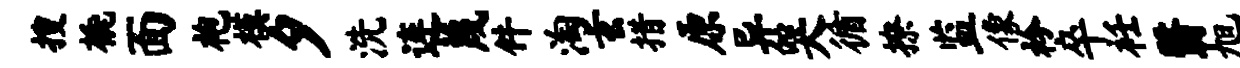
搜橇面袍模夕洗连蔑件淘玄措原异哭循撩监像衿卒衽翳旭